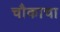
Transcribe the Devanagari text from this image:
चौकाचा